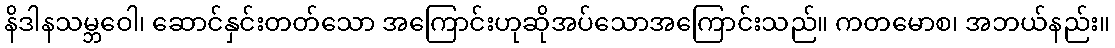
နိဒါနသမ္ဘဝေါ၊ ဆောင်နှင်းတတ်သော အကြောင်းဟုဆိုအပ်သောအကြောင်းသည်။ ကတမောစ၊ အဘယ်နည်း။